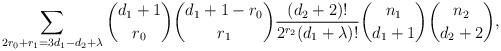
LaTeX: \begin{align*}\sum_{2r_0+r_1=3d_1-d_2+\lambda} {d_1+1 \choose r_0} {d_1+1-r_0 \choose r_1} \frac{(d_2+2)!}{2^{r_2}(d_1+\lambda)!} {n_1 \choose d_1+1} {n_2 \choose d_2+2}, \end{align*}